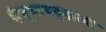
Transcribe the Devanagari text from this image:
सैन्याबद्दलची